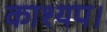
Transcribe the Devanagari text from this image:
काश्यप।